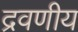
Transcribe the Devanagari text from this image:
द्रवणीय